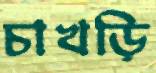
চাখড়ি